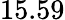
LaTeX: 15.59